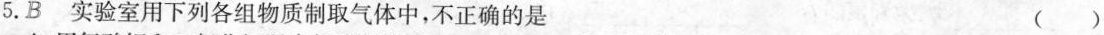
5.B 实验室用下列各组物质制取气体中，不正确的是 ( )